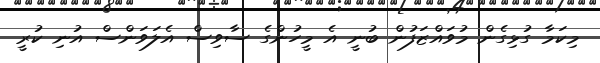
މިކަމާ ގުޅިގެން މުވައްޒަފުން ބުނީ އެ މީހުންގެ ސާވިސް އެލަވަންސް އުނި ކުރީ